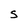
Character: S